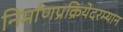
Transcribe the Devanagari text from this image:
निर्माणप्रक्रियेदरम्यान